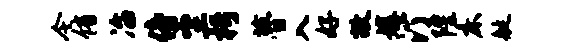
今侑冶傍尘枵瞢入好故媾汀隍床艇